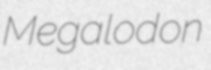
Megalodon